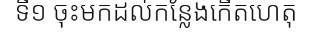
ទី១ ចុះមកដល់កន្លែងកើតហេតុ